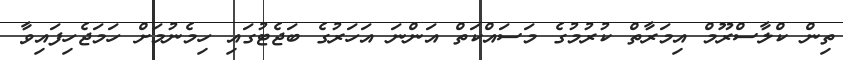
ތިން ކްލާސްރޫމް އިމަރާތް ކުރުމުގެ މަސައްކަތް އަންނަ އަހަރުގެ ބަޖެޓުގައި ހިމެނުމަށް ހަމަޖެހިފައިވާ